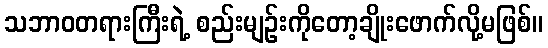
သဘာဝတရားကြီးရဲ့ စည်းမျဉ်းကိုတော့ချိုးဖောက်လို့မဖြစ်။